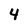
Character: 4